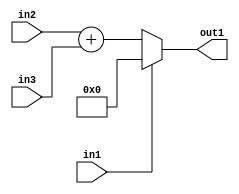
`timescale 1ps / 1ps
/*****************************************************************************
    Verilog RTL Description
    
    
    Created by: Stratus DpOpt 21.05.01 
*******************************************************************************/

module dut_entirecomputation_alt14_4 (
	in1,
	in2,
	in3,
	out1
	); /* architecture "behavioural" */ 
input  in1;
input [7:0] in2,
	in3;
output [8:0] out1;
wire [8:0] asc001,
	asc002;

assign asc002 = 
	+(in2)
	+(in3);

reg [8:0] asc001_tmp_0;
assign asc001 = asc001_tmp_0;
always @ (in1 or asc002) begin
	case (in1)
		1'B1 : asc001_tmp_0 = 9'B000000000 ;
		default : asc001_tmp_0 = asc002 ;
	endcase
end

assign out1 = asc001;
endmodule

/* CADENCE  v7HwTQA= : u9/ySxbfrwZIxEzHVQQV8Q== ** DO NOT EDIT THIS LINE ******/